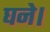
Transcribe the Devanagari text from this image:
घने।